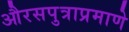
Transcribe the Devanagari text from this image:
औरसपुत्राप्रमाणे